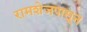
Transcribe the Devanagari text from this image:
रामशेजपासून